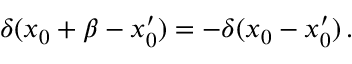
\delta ( x _ { 0 } + \beta - x _ { 0 } ^ { \prime } ) = - \delta ( x _ { 0 } - x _ { 0 } ^ { \prime } ) \, .